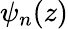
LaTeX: \psi_{n}(z)